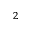
_ 2